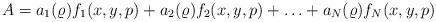
LaTeX: \begin{align*}A = a_1(\varrho)f_1(x,y,p) + a_2(\varrho)f_2(x,y,p) + \ldots + a_N(\varrho)f_N(x,y,p)\end{align*}